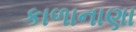
કાળાનાણા